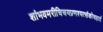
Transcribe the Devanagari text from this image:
शांभवमरीचिचयप्रणश्यत्संकोचहार्द